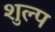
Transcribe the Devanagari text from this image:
शुल्प